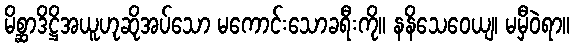
မိစ္ဆာဒိဋ္ဌိအယူဟုဆိုအပ်သော မကောင်းသောခရီးကို။ နနိသေဝေယျ၊ မမှီဝဲရာ။